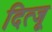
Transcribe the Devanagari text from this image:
दित्जू